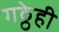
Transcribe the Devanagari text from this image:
गठ्ठेही